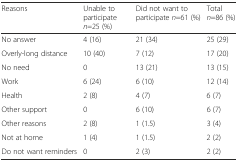
<table><thead><tr><td><b>Reasons</b></td><td><b>Unable to participate <i>n</i>=25 (%)</b></td><td><b>Did not want to participate <i>n</i>=61 (%)</b></td><td><b>Total <i>n</i>=86 (%)</b></td></tr></thead><tbody><tr><td>No answer</td><td>4 (16)</td><td>21 (34)</td><td>25 (29)</td></tr><tr><td>Overly-long distance</td><td>10 (40)</td><td>7 (12)</td><td>17 (20)</td></tr><tr><td>No need</td><td>0</td><td>13 (21)</td><td>13 (15)</td></tr><tr><td>Work</td><td>6 (24)</td><td>6 (10)</td><td>12 (14)</td></tr><tr><td>Health</td><td>2 (8)</td><td>4 (7)</td><td>6 (7)</td></tr><tr><td>Other support</td><td>0</td><td>6 (10)</td><td>6 (7)</td></tr><tr><td>Other reasons</td><td>2 (8)</td><td>1 (1.5)</td><td>3 (4)</td></tr><tr><td>Not at home</td><td>1 (4)</td><td>1 (1.5)</td><td>2 (2)</td></tr><tr><td>Do not want reminders</td><td>0</td><td>2 (3)</td><td>2 (2)</td></tr></tbody></table>